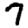
Digit: 7